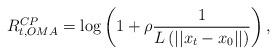
LaTeX: \begin{align*}R^{CP}_{t,OMA} = \log\left(1+\rho \frac{1}{{L\left(||x_t-x_0||\right)}}\right),\end{align*}